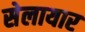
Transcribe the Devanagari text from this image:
सेलायार